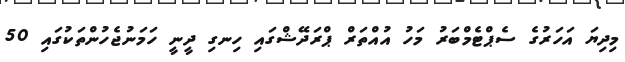
މިދިޔަ އަހަރުގެ ސެޕްޓެމްބަރު މަހު އުއްތަރް ޕްރަދޭޝްގައި ހިނގި ދީނީ ހަމަނުޖެހުންތަކުގައި 50